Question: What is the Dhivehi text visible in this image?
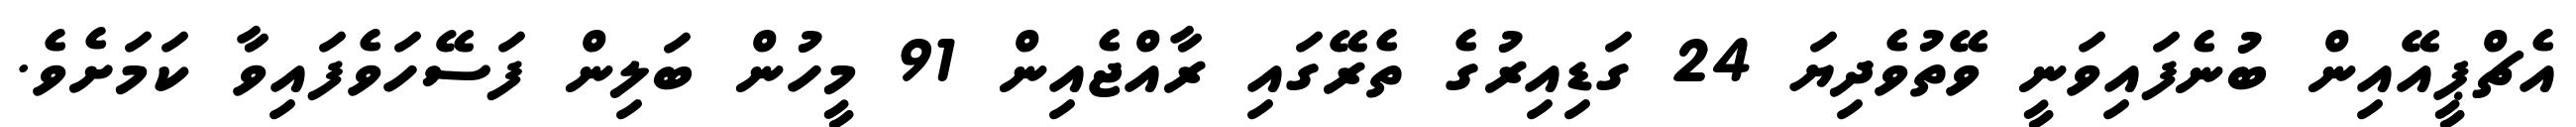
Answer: އެޗްޕީއޭއިން ބުނެފައިވަނީ ވޭތުވެދިޔަ 24 ގަޑިއިރުގެ ތެރޭގައި ރާއްޖެއިން 91 މީހުން ބަލިން ފަސޭހަވެފައިވާ ކަމަށެވެ.